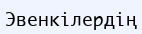
Эвенкілердің